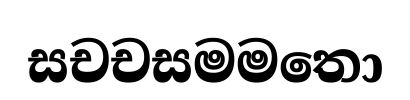
සචචසමමතො